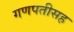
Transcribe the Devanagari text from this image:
गणपतीसह